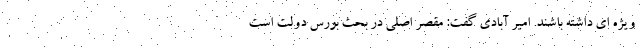
ویژه ای داشته باشند. امیر آبادی گفت: مقصر اصلی در بحث بورس دولت است